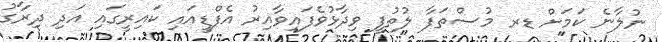
ނުލާނެ ކަމަށް ޑރ މުސްތަފާ ލުތުފީ ވިދާޅުވެފައިވާއިރު އެފްޑީއައި ކައިރީގައި އަދި ދިރާގު